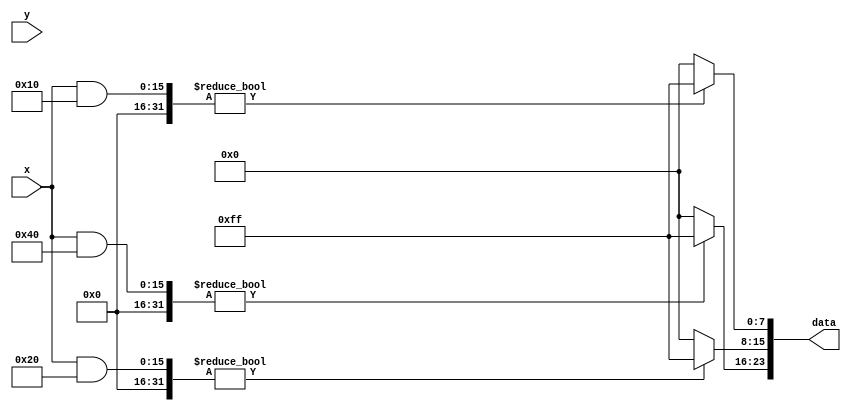
`timescale 1ns / 1ps
//////////////////////////////////////////////////////////////////////////////////
// Company: 
// Engineer: 
// 
// Design Name: 
// Module Name: colorbar
// Project Name: 
// Target Devices: 
// Tool Versions: 
// Description: 
// 
// Dependencies: 
// 
// Revision:
// Revision 0.01 - File Created
// Additional Comments:
// 
//////////////////////////////////////////////////////////////////////////////////


module colorbar(
    input [15:0] x,
    input [15:0] y,
    output [23:0] data
    );
    
assign data[7:0] = (x & 16) ? 255 : 0;
assign data[15:8] = (x & 32) ? 255 : 0;
assign data[23:16] = (x & 64) ? 255 : 0; 

endmodule